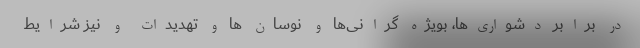
در برابر دشواری‌ها، بویژه گرانی‌ها و نوسان ها و تهدیدات و نیز شرایط